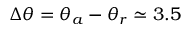
\Delta \theta = \theta _ { a } - \theta _ { r } \simeq 3 . 5